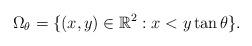
LaTeX: \begin{align*}\Omega_{\theta}=\{(x,y)\in\mathbb{R}^{2}:x<y\tan \theta\}.\end{align*}